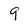
Character: 9